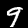
Digit: 9